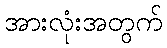
အားလုံးအတွက်